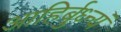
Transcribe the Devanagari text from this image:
आहिर्बुध्न्यं